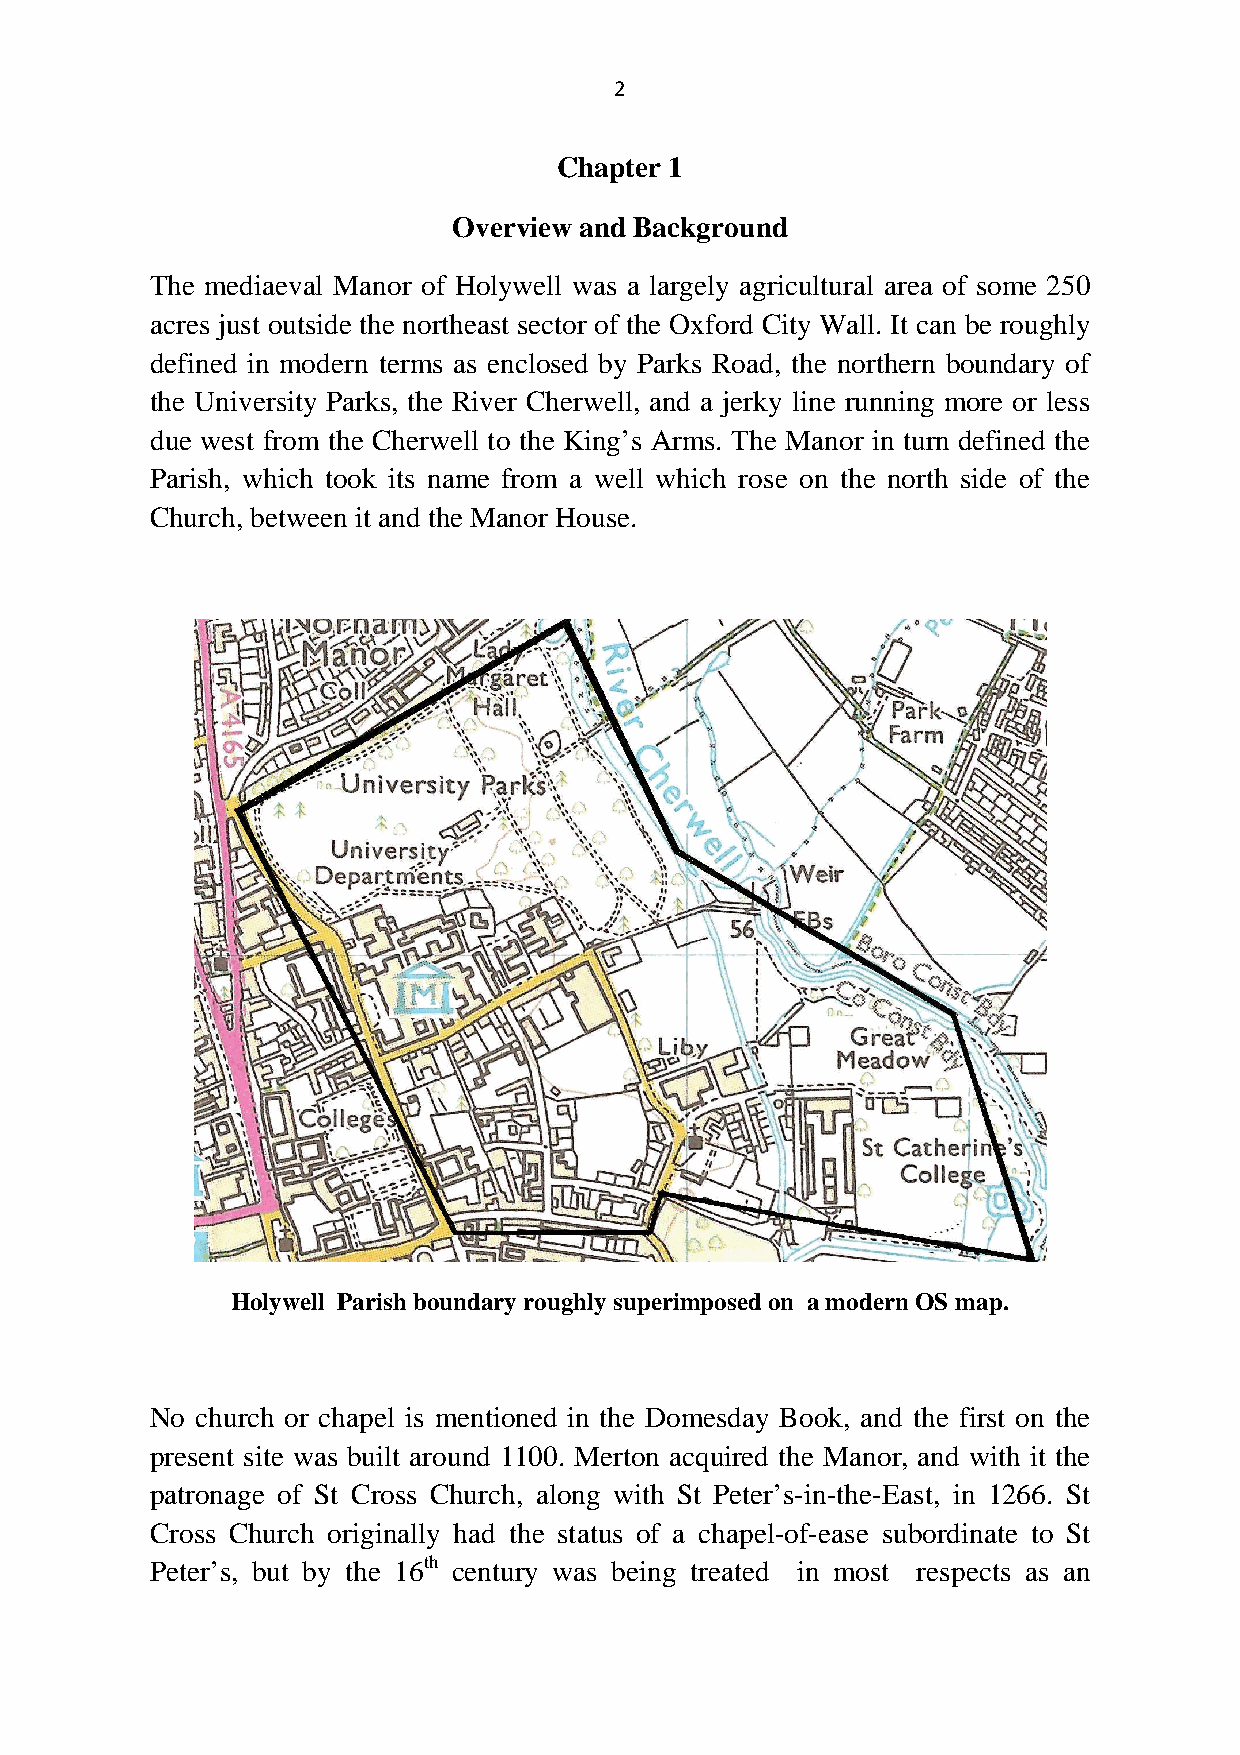
2
 Chapter 1
 Overview and Background
 The mediaeval Manor of Holywell was a largely agricultural area of some 250
 acres just outside the northeast sector of the Oxford City Wall. It can be roughly
 defined in modern terms as enclosed by Parks Road, the northern boundary of
 the University Parks, the River Cherwell, and a jerky line running more or less
 due west from the Cherwell to the King’s Arms. The Manor in turn defined the
 Parish, which took its name from a well which rose on the north side of the
 Church, between it and the Manor House.
 Holywell Parish boundaryroughlysuperimposed on amodern OS map.
 No church or chapel is mentioned in the Domesday Book, and the first on the
 present site was built around 1100. Merton acquired the Manor, and with it the
 patronage of St Cross Church, along with St Peter’s-in-the-East, in 1266. St
 Cross Church originally had the status of a chapel-of-ease subordinate to St
 Peter’s, but by the 16th century was being treated in most respects as an